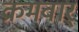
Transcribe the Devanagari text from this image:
क्रमवार्